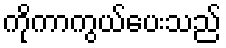
ကိုကာကွယ်ပေးသည်